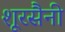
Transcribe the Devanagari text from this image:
शूरसैनी